Papers set at the Examination for Leaving Certificates, 1895
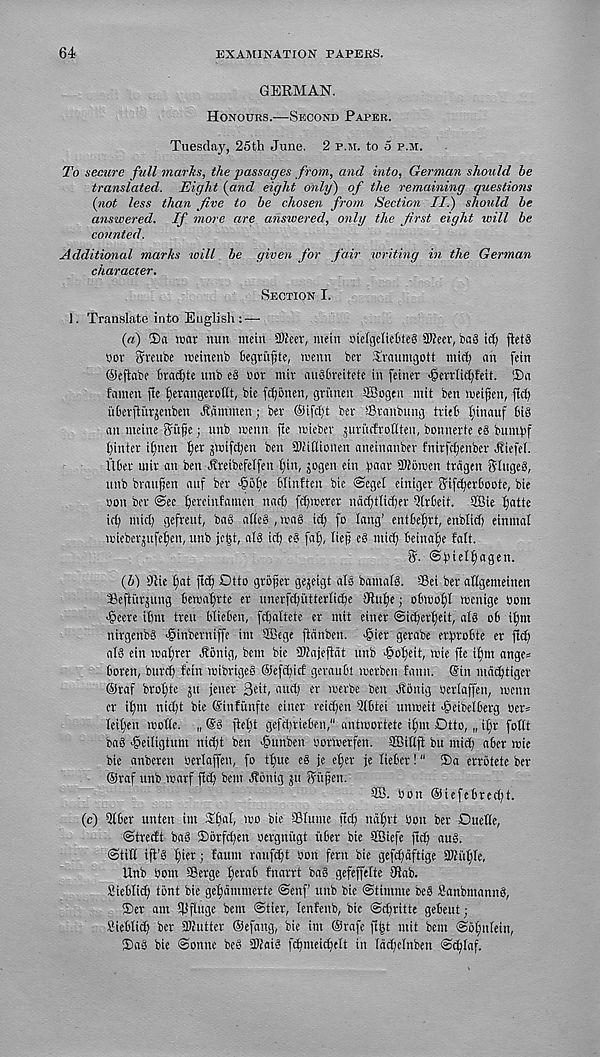
64
EXAMINATION PAPERS.
GERMAN.
Honours.-—Second Paper.
Tuesday, 25th June. 2 p.ir. to 5 p.m.
To secure full marks, the passages from, and into, German should be
translated. Eight {and eight only) of the remaining questions
{not less than Jive to be chosen from Section II.) should be
answered. If more are answered, only the first eight will be
counted.
Additional marks will be given for fair writing in the German
character.
Section I.
1. Translate into English
(«) 35a )»ar nun mein SDfeev, mein nielgelie6te§ SDfecv, ba§ id) ftet®
Oov Sveube meinenb begtiifjte, menu ber Traumgott mid) an fein
©eftabe bradjte nnb e§ Dot mir ausbreiteie in feiner >@nT:Iic^feit. 5)a
famen fie ^erangerottt, bie fdjonen, gri'tnen SBogeu mit ben meijjen, fid)
uberftiirjenben Jlammen; ber ©ifdjt ber iBvanbung trieb funauf bi§
an meinefyufje; unb menu fte miebev jurudroflien, bonnerte eS bumfif
()inter ifmen ^ier jtoifd)en ben 9)liflionen aneinanber fnirfc^enbcr Jtiefel.
liber mir an ben Jlreibefelfen l)in, jogen ein gaar SOJbmen trcigen f5'Iuge§,
unb brattfjen auf ber ■©btie blinften bie @egel einiger ffifdjerboote, bie
non ber <Sec ^ereinfatnen nad) fi^mcrer ndd)tlid)er Qlrbeit. SBie Ifatte
id) mid) gefreut, bag atteg ,mag id) fo lang’ entbef)rt, enblid) einmal
mieberjufefjen, unb jctjt, al§ id) eg fa^, liep eg mid) beinafje fait.
fj. ©bichfiagen.
{b) Hiie I)at fid) Dtto grower gejeigt als bamalg. ©ei ber aiigemeinen
Beftiirjung bcroafjrte er unerfd)utteriid)e Jlu^e; obmof)I mcnige bom
•§eere ii)m treu blieben, fdjaltete er mit einer @i(^erf)eit, alg ob itim
nirgenbg -ginberniffe int SBege ftdnben. ^ier gerabe erfirobte er fid)
alg ein maf)rer Jfonig, bem bie STOaieftat unb dooijeit, mie fie ifjm ange=
boren, burd) fein mibrigeg @efd)icf geraubt icerben faun. @in mddftiger
©raf brotfte ju jencr 3eit, and) er merbe ben Jfbnig berlaffen, menu
er if)m nid)t bie ©infunfte einer retd)en -Qlbtei unweit <@cibelberg ber=
leif)en wotte. „ @g ftebt gefd)rieben," antioortete if)m Dtto, „ if;r fofit
bag «@eiligtum nid)t ben ■founben bormerfen. SEBiftff bu mid) aber mie
bie anberen berlaffen, fo tl)ue eg je ef)er je lieber!" ®a errbtete ber
©raf unb warf ftd) bem ^bnig ju ffufjen.
SB. bon ®iefebred)t.
(c) Siber unten im S£)al, mo bie Slumc fid) ndf)rt bon ber DueMe,
Stredt bag 3)6rfd)en oergniigt itber bie SBiefe fid) aug.
(Stifi ifi’g flier; faunt ranfd)t bon fern bie gefd)dftige 3J?iti)Ie,
Unb bom ©erge fjerab fnarrt bag gefeffeite Jiab.
Sicblid) tbnt bie gef)dmmerte <Senf unb bie ©tinime beg Banbmanng,
®er am ©ftuge bem ©tier, fenfenb, bie ©(^ritte gebeut;
Bieblic^ ber 3)lutter ©efang, bie im ©rafe fi|t mit bem ©oftjfein,
35ag bie ©onne beg 3)taig fd)meid)elt in Idd)etnben ©i^Iaf.